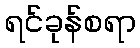
ရင်ခုန်စရာ